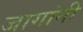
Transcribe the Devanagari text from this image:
जागांनी